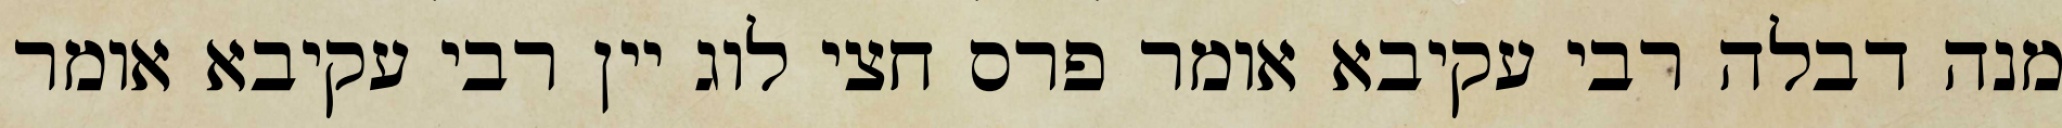
מנה דבלה רבי עקיבא אומר פרס חצי לוג יין רבי עקיבא אומר